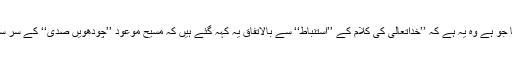
تیسرا دعویٰ مرزا غلام قادیانی کا جو ہے وہ یہ ہے کہ ’’خداتعالیٰ کی کلام کے ’’استنباط‘‘ سے بالاتفاق یہ کہہ گئے ہیں کہ مسیح موعود ’’چودھویں صدی‘‘ کے سر سے ہرگز ’’تجاوز‘‘ نہ کرے گا‘‘۔